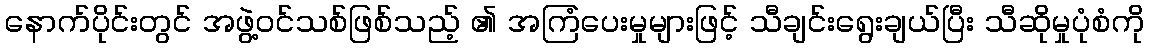
နောက်ပိုင်းတွင် အဖွဲ့ဝင်သစ်ဖြစ်သည့် ၏ အကြံပေးမှုများဖြင့် သီချင်းရွေးချယ်ပြီး သီဆိုမှုပုံစံကို